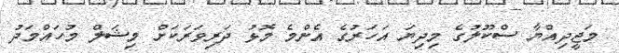
މަޖީދިއްޔާ ސްކޫލުގެ މިދިޔަ އަހަރުގެ އެންމެ މޮޅު ދަރިވަރަކަށް މިޝަލް މުހައްމަދު